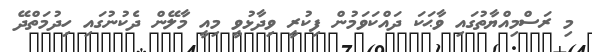
މި ރަސްމިއްޔާތުގައި ވާޙަކަ ދައްކަވަމުން ފިކުރީ ވިދާޅުވީ މިއީ މާލޭން ދެކުނުގައި ހިދުމަތްދޭ